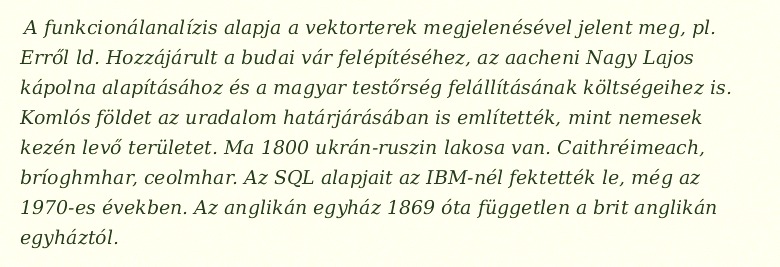
A funkcionálanalízis alapja a vektorterek megjelenésével jelent meg, pl. Erről ld. Hozzájárult a budai vár felépítéséhez, az aacheni Nagy Lajos kápolna alapításához és a magyar testőrség felállításának költségeihez is. Komlós földet az uradalom határjárásában is említették, mint nemesek kezén levő területet. Ma 1800 ukrán-ruszin lakosa van. Caithréimeach, bríoghmhar, ceolmhar. Az SQL alapjait az IBM-nél fektették le, még az 1970-es években. Az anglikán egyház 1869 óta független a brit anglikán egyháztól.